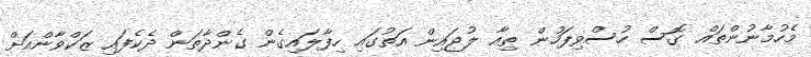
މެހުމާނުންތައް ގޮސް ހުސްވިފަހުން ތިއާ ލުޖައިން އަތުގައި ހިފާލައިގެން ގެންދާތަން ދެކެފައި ޒަކްވާންއަށް